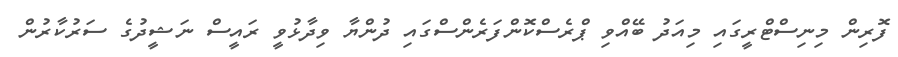
ފޮރިން މިނިސްޓްރީގައި މިއަދު ބޭއްވި ޕްރެސްކޮންފަރެންސްގައި ދުންޔާ ވިދާޅުވީ ރައީސް ނަޝީދުގެ ސަރުކާރުން